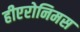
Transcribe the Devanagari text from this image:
हीएरोनिमस